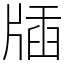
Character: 牐